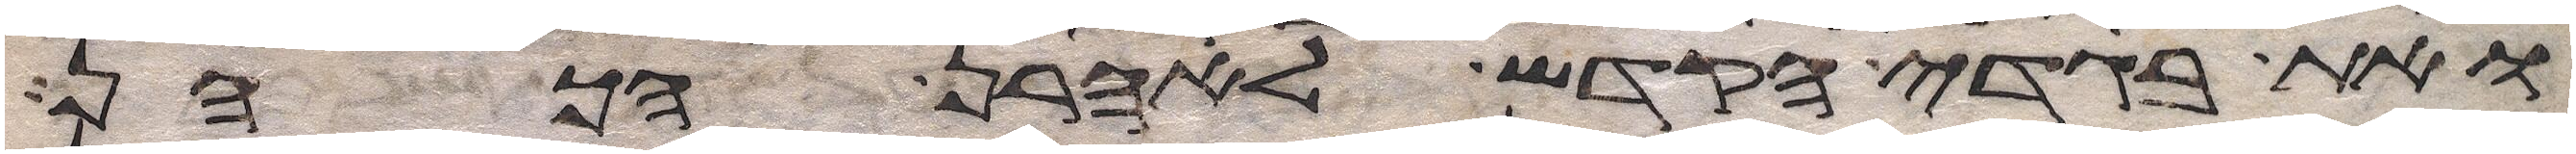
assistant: ואת בגדי הקדש לאהרן הכהן